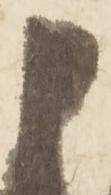
申